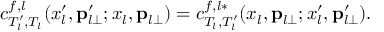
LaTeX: c _ { T _ { l } ^ { \prime } , T _ { l } } ^ { f , l } ( x _ { l } ^ { \prime } , { \bf p } _ { l \perp } ^ { \prime } ; x _ { l } , { \bf p } _ { l \perp } ) = c _ { T _ { l } , T _ { l } ^ { \prime } } ^ { f , l * } ( x _ { l } , { \bf p } _ { l \perp } ; x _ { l } ^ { \prime } , { \bf p } _ { l \perp } ^ { \prime } ) .